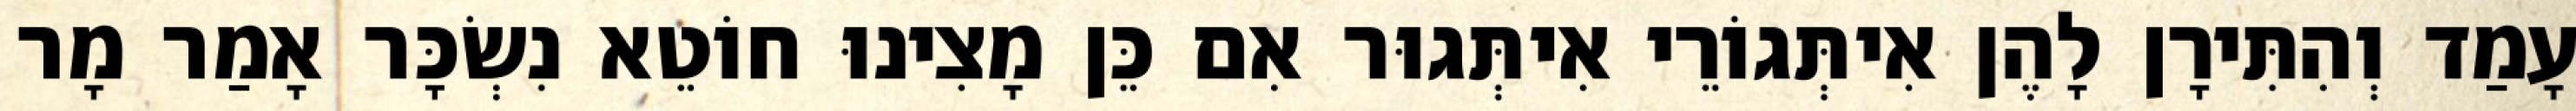
עָמַד וְהִתִּירָן לָהֶן אִיתְּגוֹרֵי אִיתְּגוּר אִם כֵּן מָצִינוּ חוֹטֵא נִשְׂכָּר אָמַר מָר